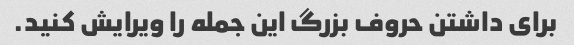
برای داشتن حروف بزرگ این جمله را ویرایش کنید.